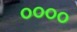
૦૦૦૦